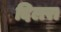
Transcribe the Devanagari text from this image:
दिलरा